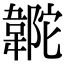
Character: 𩎼